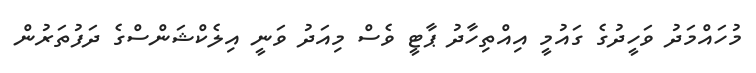
މުހައްމަދު ވަހީދުގެ ގައުމީ އިއްތިހާދު ޕާޓީ ވެސް މިއަދު ވަނީ އިލެކްޝަންސްގެ ދަފުތަރުން